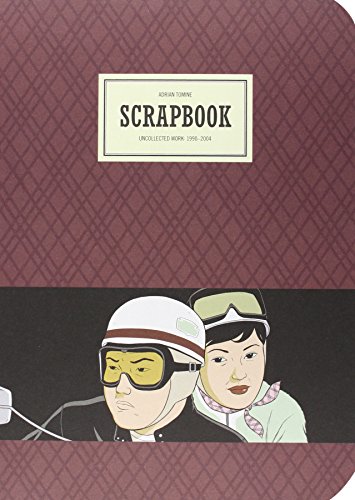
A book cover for Scrapbook: Uncollected Work, 1990-2004; Adrian Tomine; Comics & Graphic Novels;